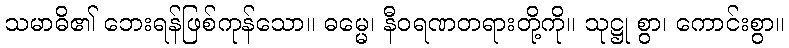
သမာဓိ၏ ဘေးရန်ဖြစ်ကုန်သော။ ဓမ္မေ၊ နီဝရဏတရားတို့ကို။ သုဋ္ဌု စွာ၊ ကောင်းစွာ။